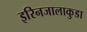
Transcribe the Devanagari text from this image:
इरिनजालाकुडा